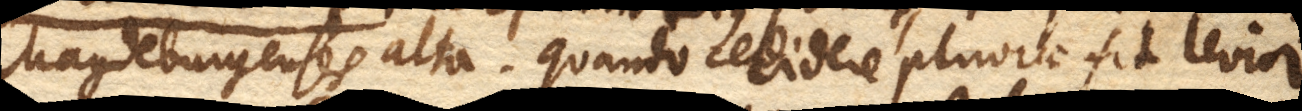
Magdeburgenses alta. Quando cecidere pluviae fit levior.